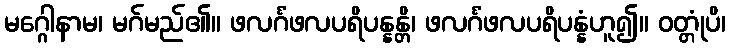
မဂ္ဂေါနာမ၊ မဂ်မည်၏။ ဖလင်္ဂံဖလပရိပန္နန္တိ၊ ဖလင်္ဂံဖလပရိပန္နံဟူ၍။ ဝတ္တုံပိ၊